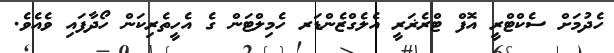
ހެދުމަށް ސެކްޓްރީ އޮފް ޓްރެޜަރީ އެލެގްޒެންޑަރ ހެމިލްޓަން ގެ އެހީތެރިކަން ހޯދާފައި ވެއެވެ.